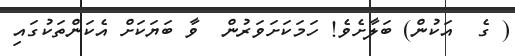
( ގެ  އަކުން) ބަލާށެވެ! ހަމަކަށަވަރުން  ވާ ބަޔަކަށް އެކަންތަކުގައި